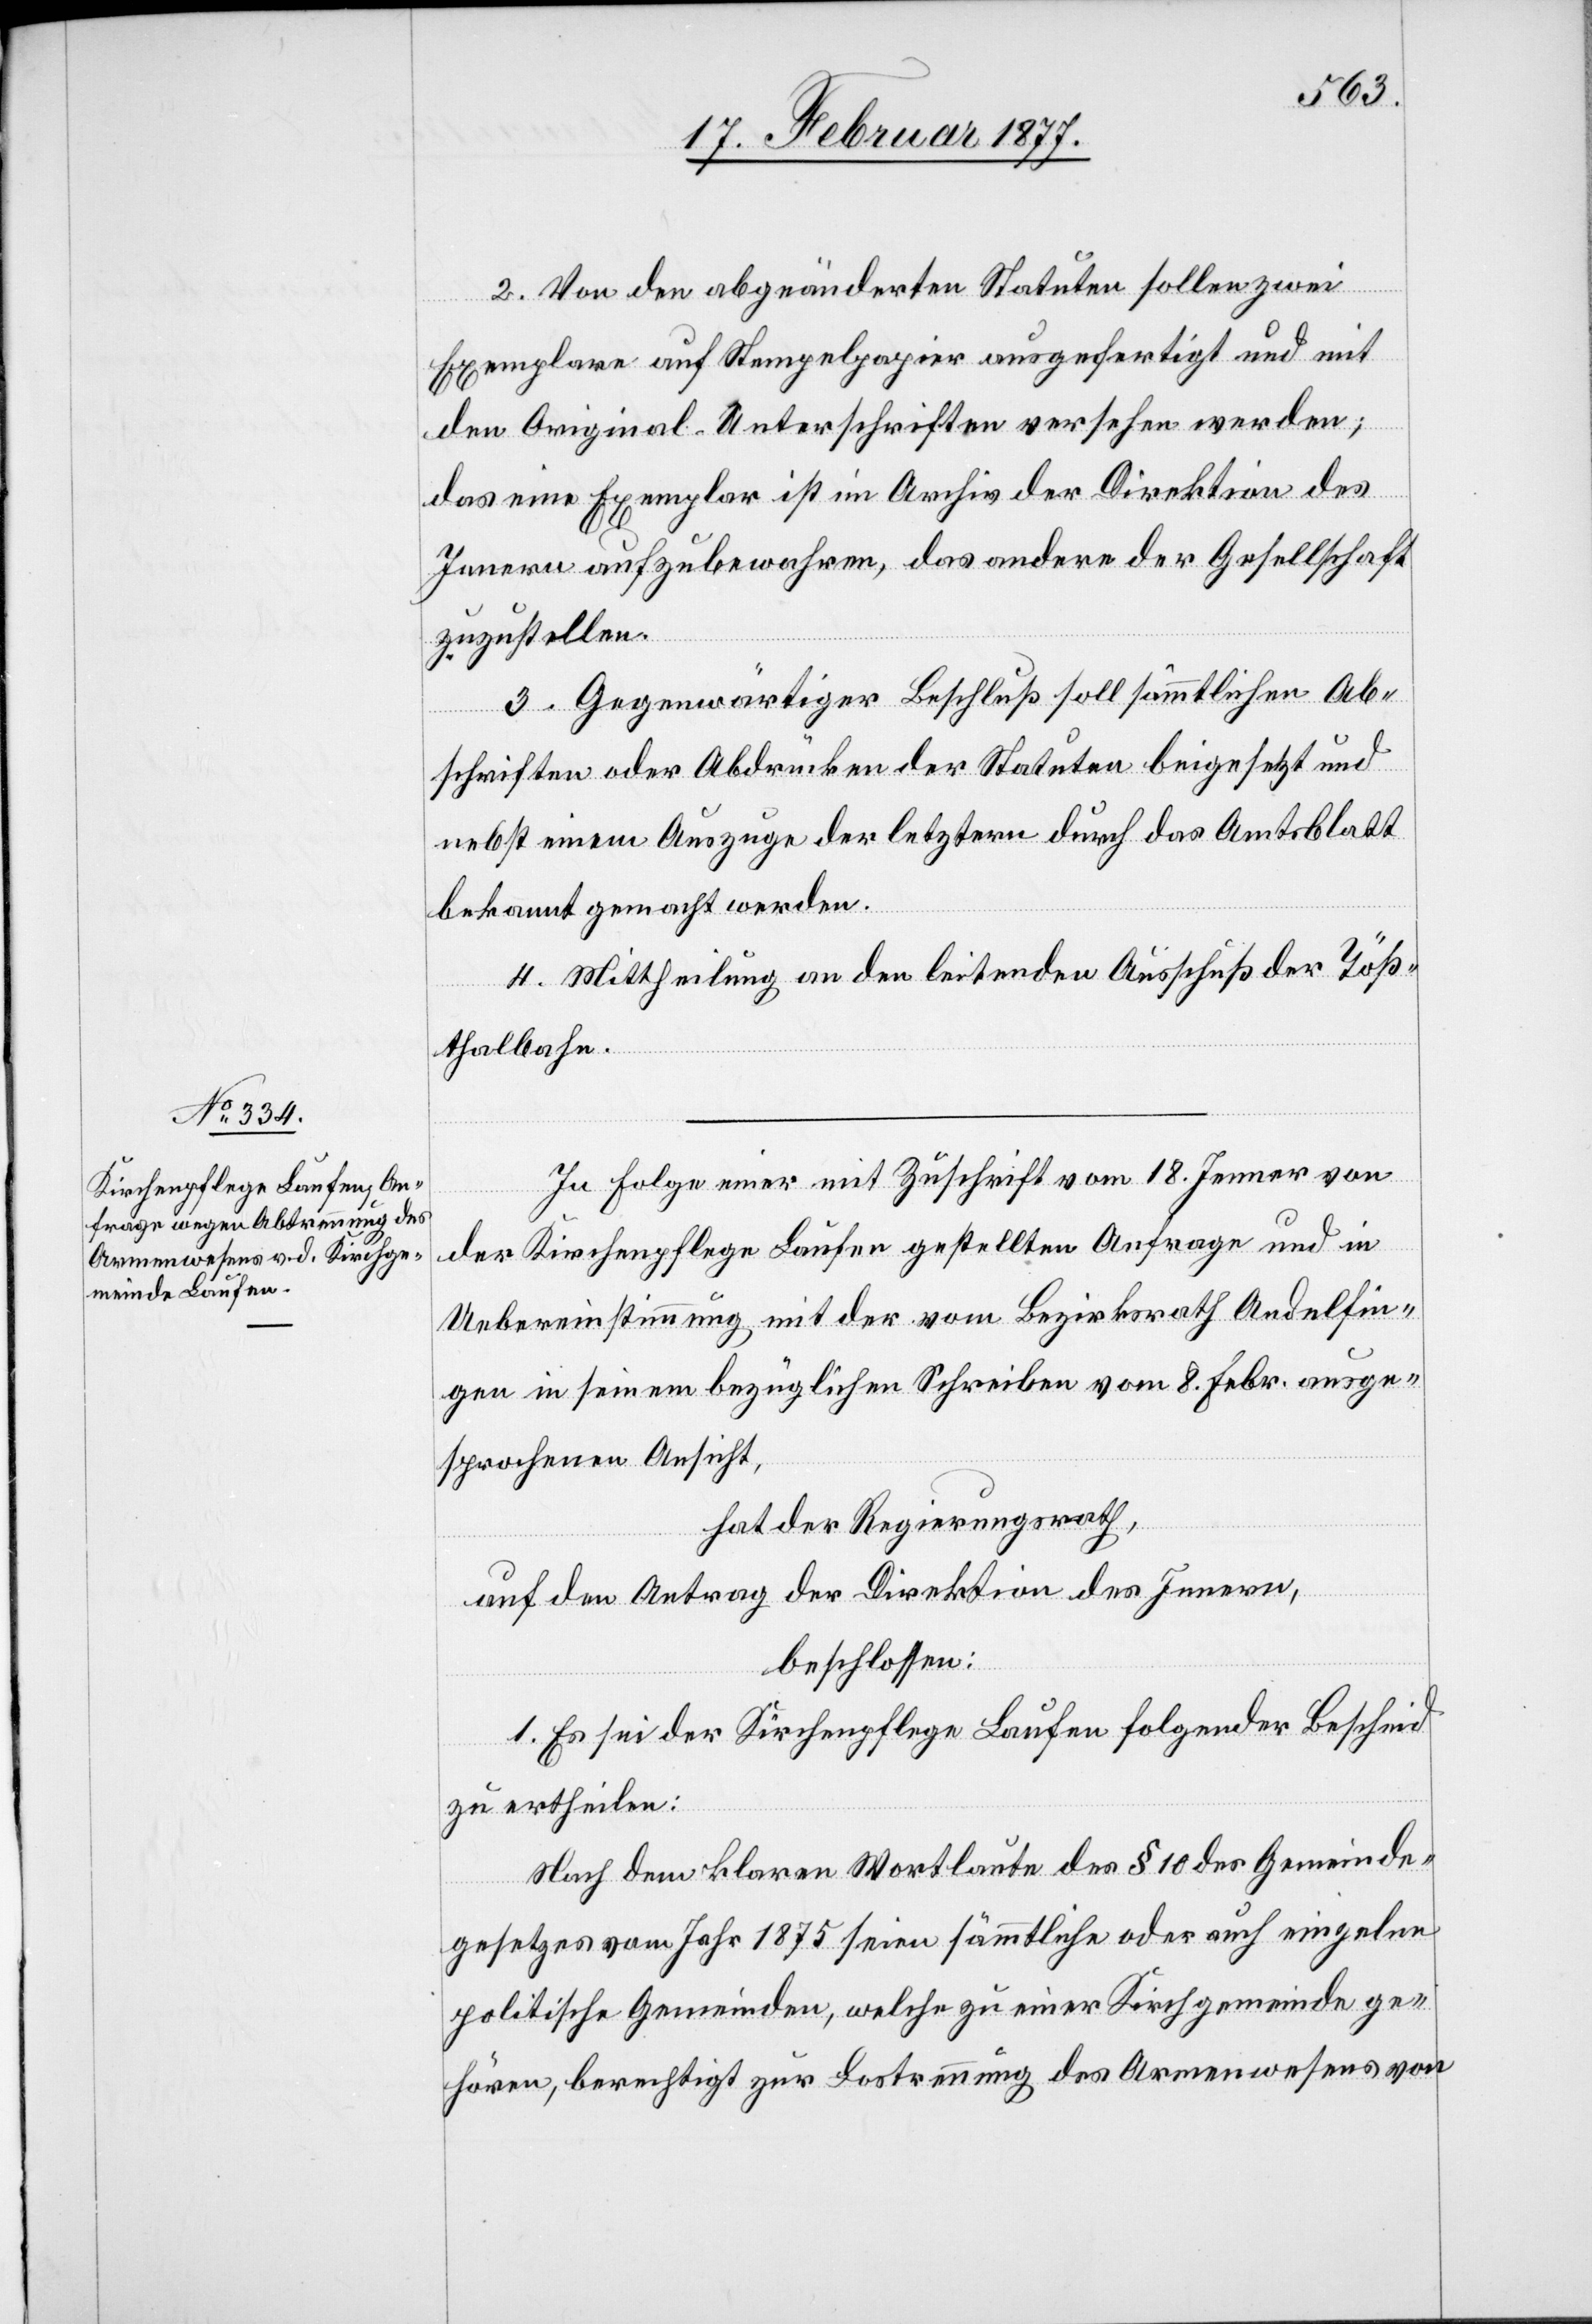
2. Von den abgeänderten Statuten sollen zwei
Exemplare auf Stempelpapier ausgefertigt und mit
den Original-Unterschriften versehen werden;
das eine Exemplar ist im Archiv der Direktion des
Innern aufzubewahren, das andere der Gesellschaft
zuzustellen.
3. Gegenwärtiger Beschluß soll sämmtlichen Ab¬
schriften und Abdrücken der Statuten beigesetzt und
nebst einem Auszuge der letztern durch das Amtsblatt
bekannt gemacht werden.
4. Mittheilung an den leitenden Ausschuß der Töß¬
thalbahn.
In Folge einer mit Zuschrift vom 18. Jenner von
der Kirchenpflege Laufen gestellten Anfrage und in
Uebereinstimmung mit der vom Bezirksrath Andelfin¬
gen in seinem bezüglichen Schreiben vom 8. Febr. ausge¬
sprochenen Ansicht,
hat der Regierungsrath,
auf den Antrag der Direktion des Innern,
beschlossen:
1. Es sei der Kirchenpflege Laufen folgender Bescheid
zu ertheilen:
Nach dem klaren Wortlaute des § 10 des Gemeinde¬
gesetzes vom Jahr 1875 seien sämmtliche oder auch einzelne
politische Gemeinden, welche zu einer Kirchgemeinde ge¬
hören, berechtigt zur Lostrennung des Armenwesens von